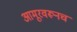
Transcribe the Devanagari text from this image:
आमूरवरूनच